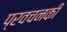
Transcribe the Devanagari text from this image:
प्रवचनकी